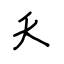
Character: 夭